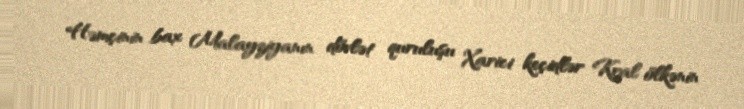
Həmçinin bax Malayziyanın dövlət quruluşu Xarici keçidlər Kral ölkənin